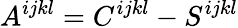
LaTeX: A^{ijkl}=C^{ijkl}-S^{ijkl}